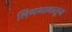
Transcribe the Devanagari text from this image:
लिंगभावातून